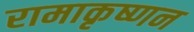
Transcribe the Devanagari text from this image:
रामाकृष्णन